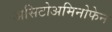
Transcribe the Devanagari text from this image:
असिटोअमिनोफेन